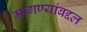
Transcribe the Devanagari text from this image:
मागण्यांबद्दल